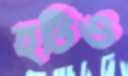
হটিও